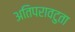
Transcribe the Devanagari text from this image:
अतिपरावटुता